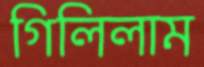
গিলিলাম